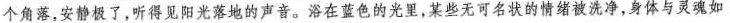
个角落，安静极了，听得见阳光落地的声音。浴在蓝色的光里，某些无可名状的情绪被洗净，身体与灵魂如